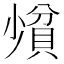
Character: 𪨄